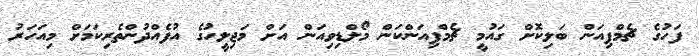
ފަހުގެ ޗެމްޕިއަން ބަލިކޮށް ގައުމީ ޗެމްޕިއަންކަން މޯލްޑިވިއަން އަށް މަޖިލީހުގެ އުފެއްދުންތެރިކަމަށް މިއަހަރު